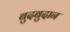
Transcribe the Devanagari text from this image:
बुदबुदान